Scottish Leaving Certificate Examination, 1955
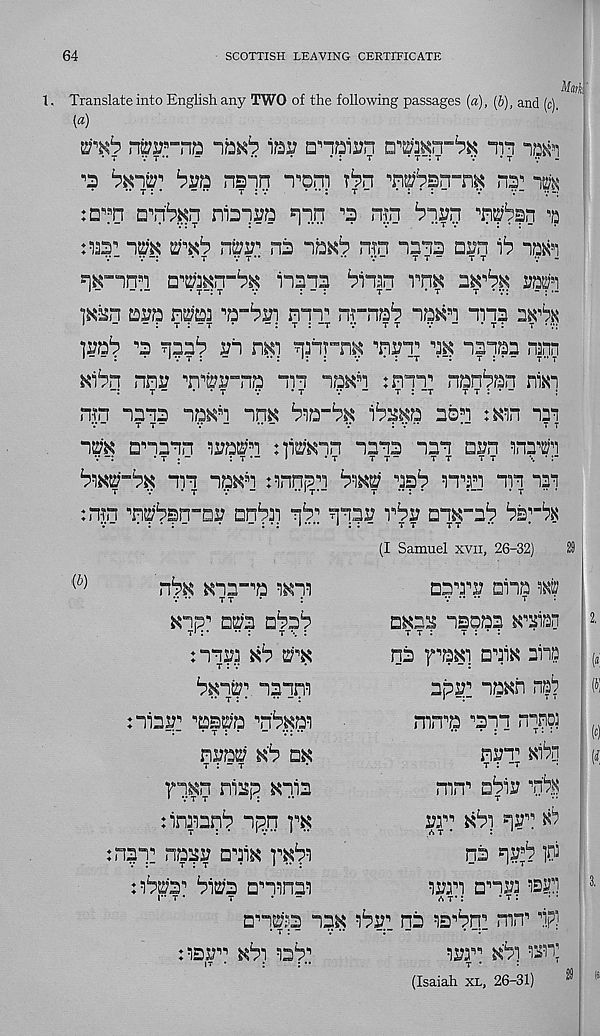
64
SCOTTISH LEAVING CERTIFICATE
1. Translate into English any TWO of the following passages («), (b), and (c).
[a)
5^*6 rto-na
iai? cnairn a'rorn^ in
• 7 V T
-
••
*
* :
T
• T-: T
7 • T •; -
’3 bxiw' bun nsin n^om T^n ,, n®^sn“n^ ny ^
:D^n DM^rt nbira ?nn ^ n-jn b-im
^
nas 1
er*6
na
n-tn i3*n2 Di?n
7— ..
. j
7 T**
” 7“
T T “
T T
insna binan rnK iwbx m
1 -
- •-
• T -: t
7
: " :
t ~
* t
t • 7:
- : •-
]mn ara n^aa ■ , a-bs?i
n-rnab
ana
j
-
- : r : - t *
-: t : -r v
t r
7 - • t :
t • v:
"3
rn n^i ^ipn^
naib? nann
mbn nnr
"in
:mT nan^an ni^i
_ :
T -
• • t
7
*t
7
7 : -t
77:*-
:
n-?n -ms aa^i im
ibsKa aba :^n
7-
7 7“
7 “
*• “
7
I 7 ••
•-
T T
im anaan a^aba :]man aaaa aaa nun ana^i
bwa'-bx aia aa«a nnnaa b-m asb iaaa an nai
T
7
*7
7 ”
••'T*-
7 ** : *
*—
*7
:njn ■’n^n-Qi? an^a r\b^ ?ia5^
aa^-ab bs: -^
(I Samuel xvii, 26-32)
{b)
^aa-^a i^ai
7 ••
77
*
Kap*’ ara a^ab
naa
e;^
7 : 7
aaanT
nia^ ^aa^a aa^ai
dot tib m
7 : - t
fa^n ni^p Kaia
nnaapb apn
:rm: na^y aai^
nbra 11 bi2?3 amna 5 !
aaa^ aiia
a^a^ asoaa ^■’aisn
7 7 :
t : * :
nb f , a^i : aaiK alia
aps?! aa^n nab
mn^a ^apa npn?;
nrr xibn
7 : ”7
mn s nbw ‘ , n^
m" Kbi ar 1 nb
/»7 *
: 1 "
nb
P
=)3n anM
a^a^ra na& 6b 1 na ^yby ^l^, api
:‘3jr" ®bi rab? 1
7 *
•
(Isaiah xl, 26-31)